Report of the Indian Hemp Drugs Commission, 1894-1895 - Volume III
Year: 1894
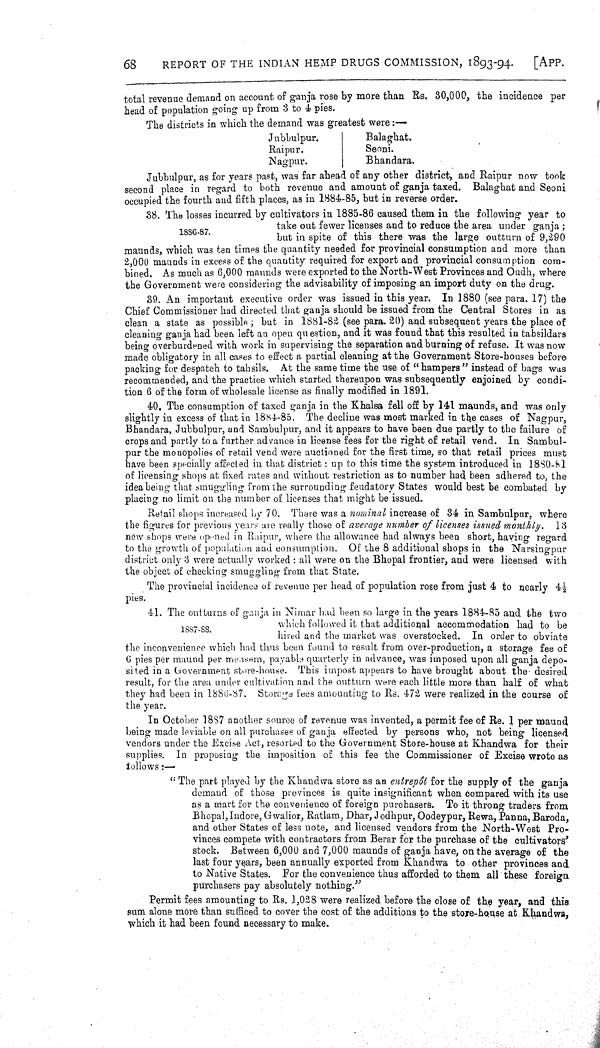
68
REPORT OF THE INDIAN HEMP DRUGS COMMISSION, 1893-94.
[APP.
total revenue demand on account of ganja rose by more than Rs. 30,000, the incidence per
head of population going up from 3 to 4 pies.
The districts in which the demand was greatest were:—
Jubbulpur.
Balaghat.
Raipur.
Seoni.
Nagpur.
Bhandara.
1886-87.
Jubbulpur, as for years past, was far ahead of any other district, and Raipur now took
second place in regard to both revenue and amount of ganja taxed. Balaghat and Seoni
occupied the fourth and fifth places, as in 1884-85, but in reverse order.
38. The losses incurred by cultivators in 1885-86 caused them in the following year to
take out fewer licenses and to reduce the area under ganja;
but in spite of this there was the large outturn of 9,290
maunds, which was ten times the quantity needed for provincial consumption and more than
2,000 maunds in excess of the quantity required for export and provincial consumption com-
bined. As much as 6,000 maunds were exported to the North-West Provinces and Oudh, where
the Government were considering the advisability of imposing an import duty on the drug.
39. An important executive order was issued in this year. In 1880 (see para. 17) the
Chief Commissioner had directed that ganja should be issued from the Central Stores in as
clean a state as possible; but in 1881-82 (see para. 20) and subsequent years the place of
cleaning ganja had been left an open question, and it was found that this resulted in tahsildars
being overburdened with work in supervising the separation and burning of refuse. It was now
made obligatory in all cases to effect a partial cleaning at the Government Store-houses before
packing for despatch to tahsils. At the same time the use of "hampers" instead of bags was
recommended, and the practice which started thereupon was subsequently enjoined by condi-
tion 6 of the form of wholesale license as finally modified in 1891.
40. The consumption of taxed ganja in the Khalsa fell off by 141 maunds, and was only
slightly in excess of that in 1884-85. The decline was most marked in the cases of Nagpur,
Bhandara, Jubbulpur, and Sambulpur, and it appears to have been due partly to the failure of
crops and partly to a further advance in license fees for the right of retail vend. In Sambul-
pur the monopolies of retail vend were auctioned for the first time, so that retail prices must
have been specially affected in that district: up to this time the system introduced in 1880-81
of licensing shops at fixed rates and without restriction as to number had been adhered to, the
idea being that smuggling from the surrounding feudatory States would best be combated by
placing no limit on the number of licenses that might be issued.
Retail shops increased by 70. There was a nominal increase of 34 in Sambulpur, where
the figures for previous years are really those of average number of licenses issued monthly. 13
new shops were opened in Raipur, where the allowance had always been short, having regard
to the growth of population and consumption. Of the 8 additional shops in the Narsingpur
district only 3 were actually worked: all were on the Bhopal frontier, and were licensed with
the object of checking smuggling from that State.
The provincial incidence of revenue per head of population rose from just 4 to nearly 41/2
pies.
1887-88.
41. The outturns of ganja in Nimar had been so large in the years 1884-85 and the two
which followed it that additional accommodation had to be
hired and the market was overstocked. In order to obviate
the inconvenience which had thus been found to result from over-production, a storage fee of
6 pies per maund per mensem, payable quarterly in advance, was imposed upon all ganja depo-
sited in a Government store-house. This impost appears to have brought about the desired
result, for the area under cultivation and the outturn were each little more than half of what
they had been in 1886-87. Storage fees amounting to Rs. 472 were realized in the course of
the year.
In October 1887 another source of revenue was invented, a permit fee of Re. 1 per maund
being made leviable on all purchases of ganja effected by persons who, not being licensed
vendors under the Excise Act, resorted to the Government Store-house at Khandwa for their
supplies. In proposing the imposition of this fee the Commissioner of Excise wrote as
follows:—
"The part played by the Khandwa store as an entrepôt for the supply of the ganja
demand of those provinces is quite insignificant when compared with its use
as a mart for the convenience of foreign purchasers. To it throng traders from
Bhopal, Indore, Gwalior, Ratlam, Dhar, Jodhpur, Oodeypur, Rewa, Panna, Baroda,
and other States of less note, and licensed vendors from the North-West Pro-
vinces compete with contractors from Berar for the purchase of the cultivators'
stock. Between 6,000 and 7,000 maunds of ganja have, on the average of the
last four years, been annually exported from Khandwa to other provinces and
to Native States. For the convenience thus afforded to them all these foreign
purchasers pay absolutely nothing."
Permit fees amounting to Rs. 1,028 were realized before the close of the year, and this
sum alone more than sufficed to cover the cost of the additions to the store-house at Khandwa,
which it had been found necessary to make.